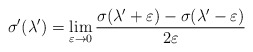
\begin{align*}\sigma'(\lambda')= \lim_{\varepsilon\to 0} \frac{\sigma(\lambda'+\varepsilon)-\sigma(\lambda'-\varepsilon)}{2\varepsilon}\end{align*}